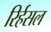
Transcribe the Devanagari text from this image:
रिर्हसल